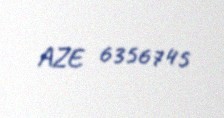
AZE 6356745